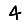
Digit: 4